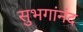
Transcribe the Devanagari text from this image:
सुभगांनंद